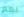
نعم